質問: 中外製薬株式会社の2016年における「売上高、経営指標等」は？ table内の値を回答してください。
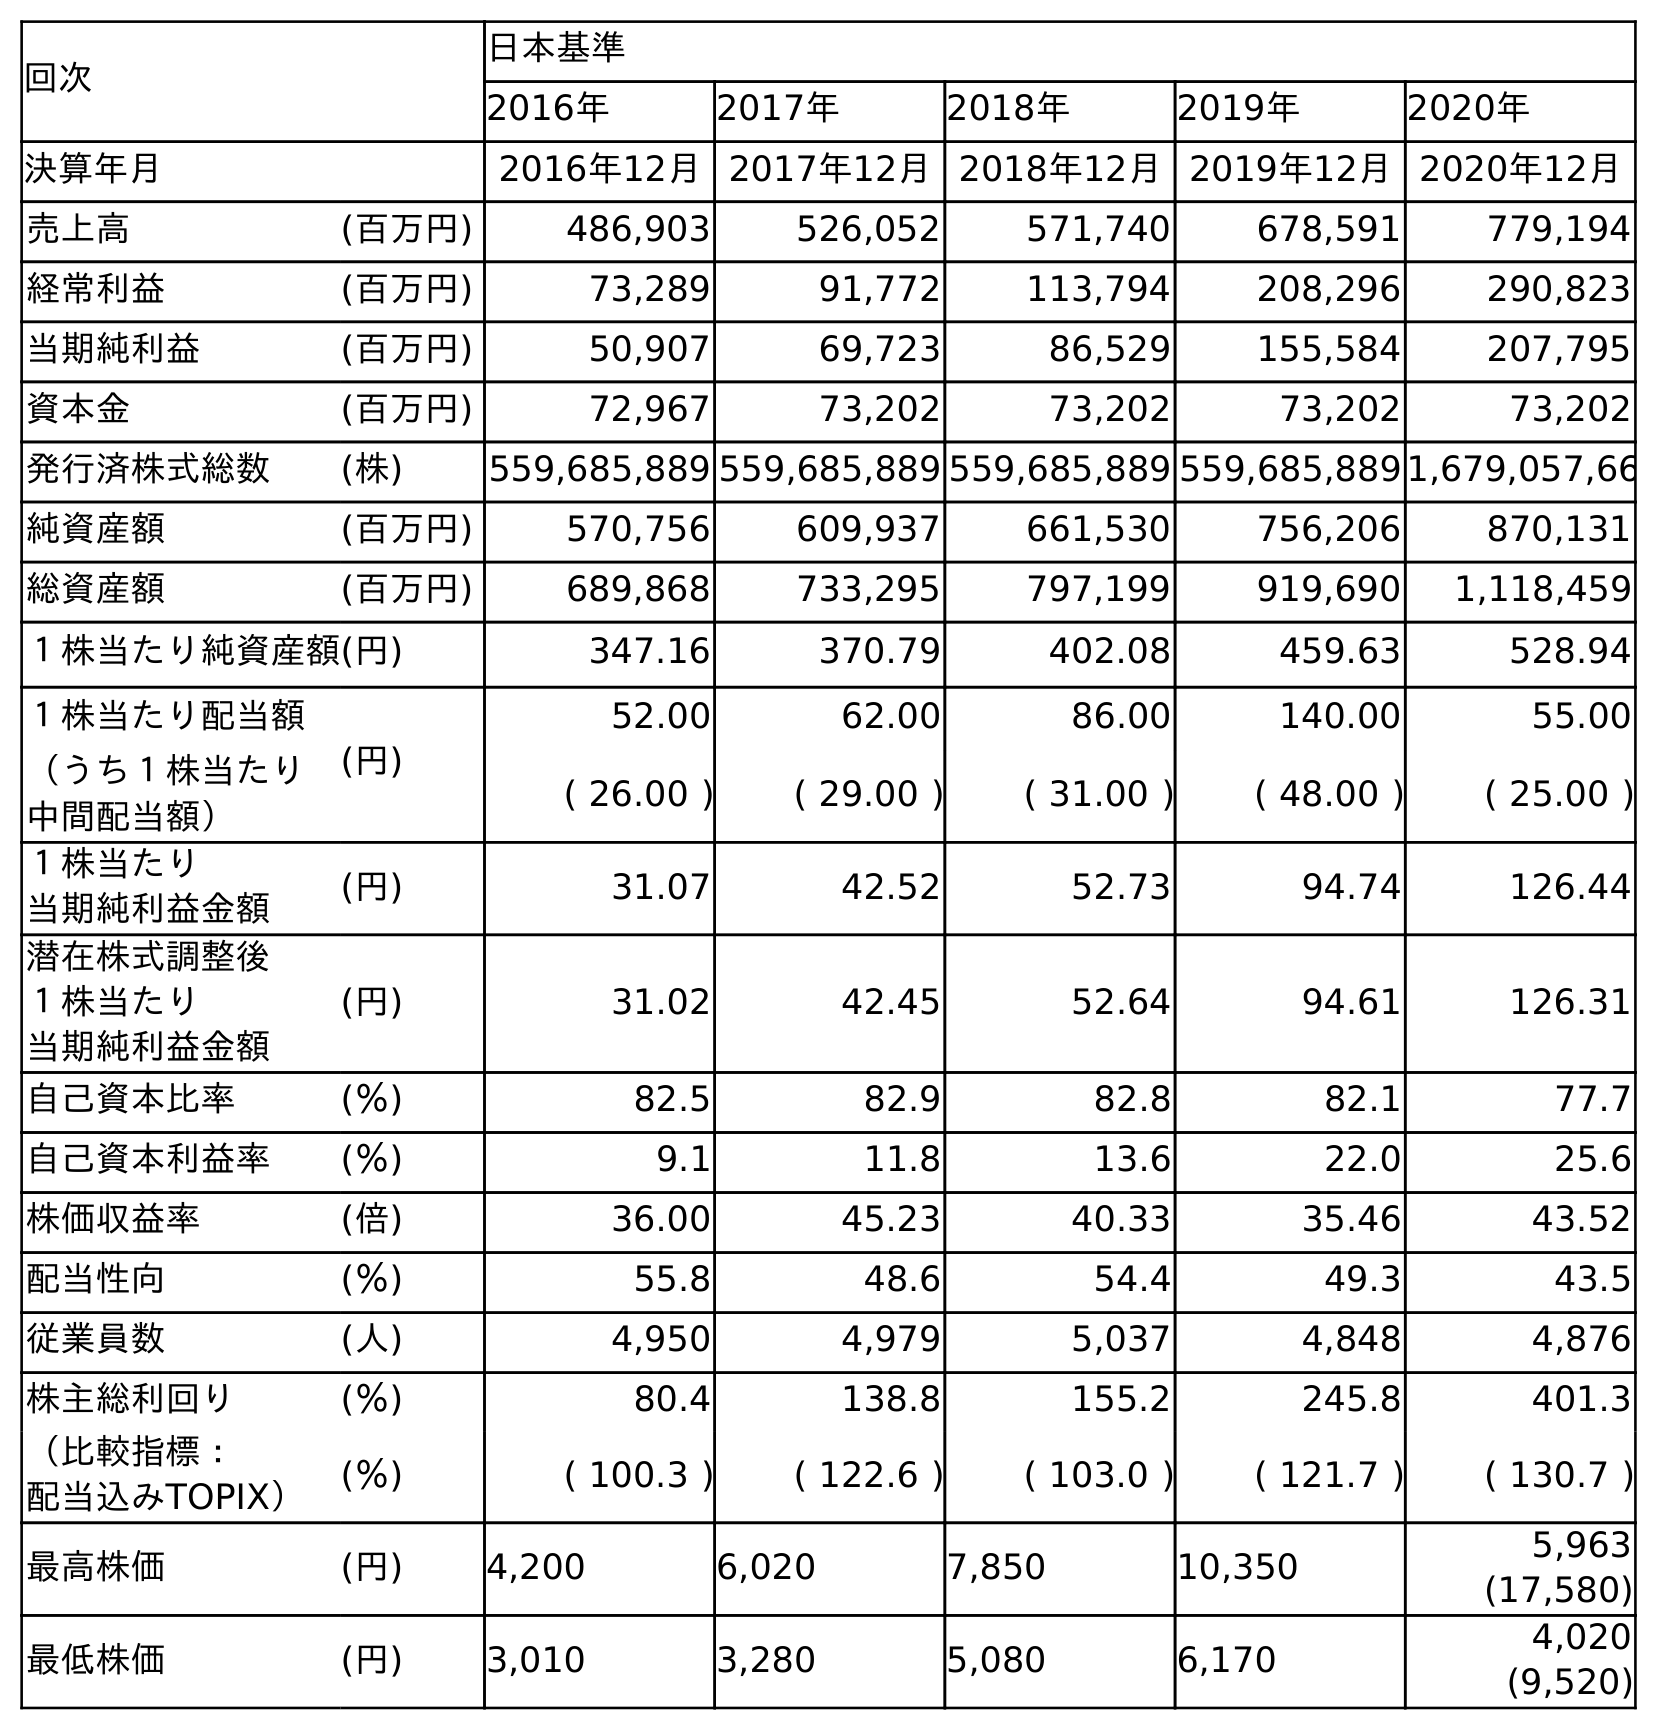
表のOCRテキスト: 回次 日本基準 2016年 2017年 2018年 2019年 2020年 決算年月 2016年12月2017年12月2018年12月2019年12月2020年12月 売上高 (百万円) 486,903 526,052 571,740 678,591 779,194 経常利益 (百万円) 73,289 91,772 113,794 208,296 290,823 当期純利益 (百万円) 50,907 69,723 86,529 155,584 207,795 資本金 (百万円) 72,967 73,202 73,202 73,202 73,202 発行済株式総数 (株) 559,685,889 559,685,889 559,685,889 559,685,8891,679,057,66 純資産額 (百万円) 570,756 609,937 661,530 756,206 870,131 総資産額 (百万円) 689,868 733,295 797,199 919,690 1,118,459 １株当たり純資産額(円) 347.16 370.79 402.08 459.63 528.94 １株当たり配当額 (円) 52.00 62.00 86.00 140.00 55.00 （うち１株当たり 中間配当額） ( 26.00 ) ( 29.00 ) ( 31.00 ) ( 48.00 ) ( 25.00 ) １株当たり 当期純利益金額 (円) 31.07 42.52 52.73 94.74 126.44 潜在株式調整後 １株当たり 当期純利益金額 (円) 31.02 42.45 52.64 94.61 126.31 自己資本比率 (％) 82.5 82.9 82.8 82.1 77.7 自己資本利益率 (％) 9.1 11.8 13.6 22.0 25.6 株価収益率 (倍) 36.00 45.23 40.33 35.46 43.52 配当性向 (％) 55.8 48.6 54.4 49.3 43.5 従業員数 (人) 4,950 4,979 5,037 4,848 4,876 株主総利回り (％) 80.4 138.8 155.2 245.8 401.3 （比較指標： 配当込みTOPIX） (％) ( 100.3 ) ( 122.6 ) ( 103.0 ) ( 121.7 ) ( 130.7 ) 最高株価 (円) 4,200 6,020 7,850 10,350 5,963 (17,580) 最低株価 (円) 3,010 3,280 5,080 6,170 4,020 (9,520)
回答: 486,903